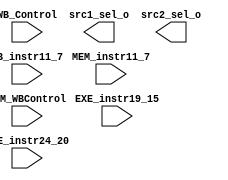
module ForwardingUnit (EXE_instr19_15, EXE_instr24_20, MEM_instr11_7, MEM_WBControl, WB_instr11_7, WB_Control, src1_sel_o, src2_sel_o);

	input [5-1:0] EXE_instr19_15, EXE_instr24_20, MEM_instr11_7, WB_instr11_7;
	input  MEM_WBControl, WB_Control;
	output wire [2-1:0] src1_sel_o, src2_sel_o;

endmodule